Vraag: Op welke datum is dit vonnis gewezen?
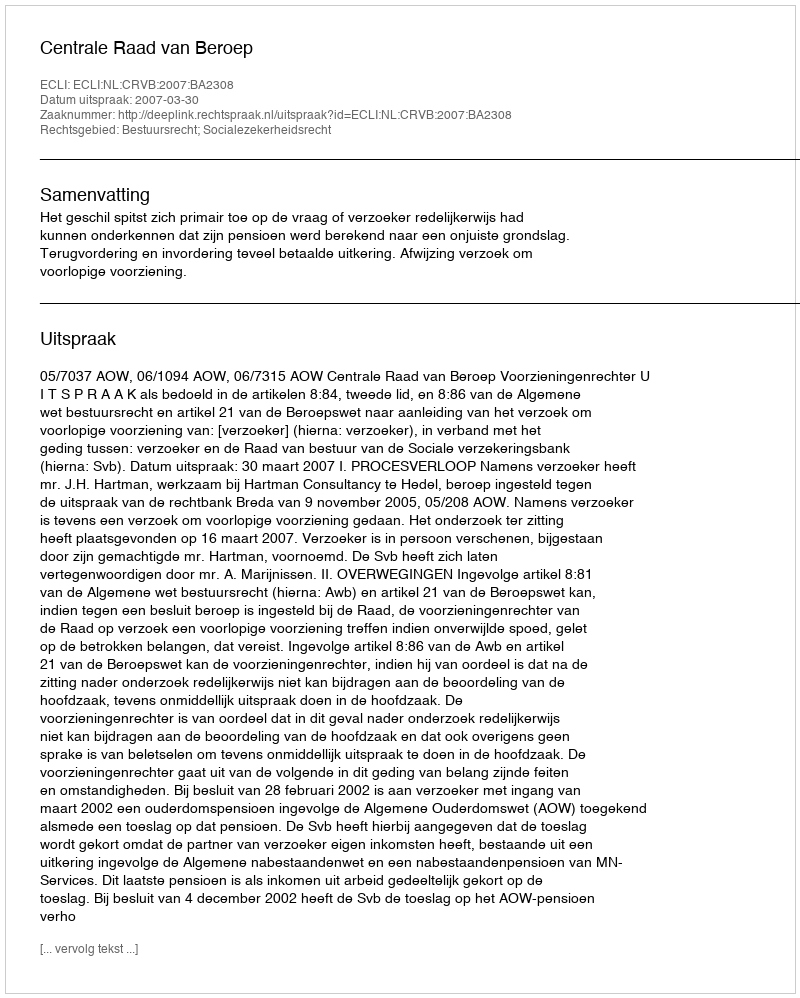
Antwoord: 2007-03-30